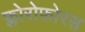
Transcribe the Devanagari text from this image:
फ्लोरोफोरस